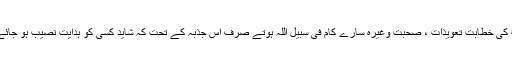
آپ کی خطابت تعویذات ، صحبت وغیرہ سارے کام فی سبیل اللہ ہوتے صرف اس جذبہ کے تحت کہ شاید کسی کو ہدایت نصیب ہو جائے ۔